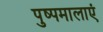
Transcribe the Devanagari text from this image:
पुष्पमालाएं